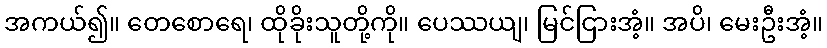
အကယ်၍။ တေစောရေ၊ ထိုခိုးသူတို့ကို။ ပေဿယျ၊ မြင်ငြားအံ့။ အပိ၊ မေးဦးအံ့။